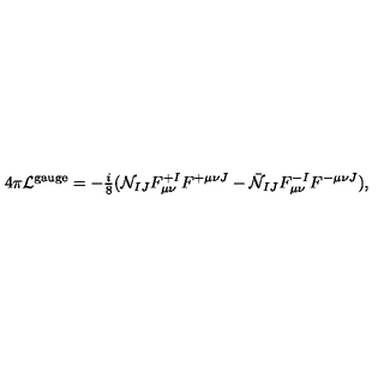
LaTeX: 4 \pi { \cal L } ^ { \mathrm { g a u g e } } = - { \textstyle { \frac { i } { 8 } } } ( { \cal N } _ { I J } F _ { \mu \nu } ^ { + I } F ^ { + \mu \nu J } - \bar { \cal N } _ { I J } F _ { \mu \nu } ^ { - I } F ^ { - \mu \nu J } ) ,